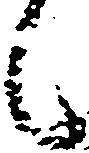
候